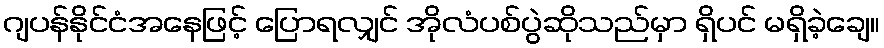
ဂျပန်နိုင်ငံအနေဖြင့် ပြောရလျှင် အိုလံပစ်ပွဲဆိုသည်မှာ ရှိပင် မရှိခဲ့ချေ။